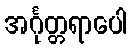
အင်္ဂုတ္တရာပေါ